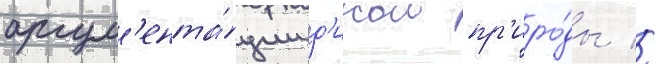
аргум'ента́ции д'икои пр'иро́ды //